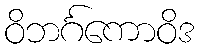
ဝိဘင်္ဂကောဝိဒ